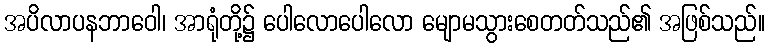
အပိလာပနဘာဝေါ၊ အာရုံတို့၌ ပေါလောပေါလော မျောမသွားစေတတ်သည်၏ အဖြစ်သည်။